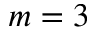
m = 3